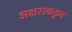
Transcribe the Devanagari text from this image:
अक्षराकडून